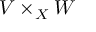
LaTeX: V \times _ { X } W